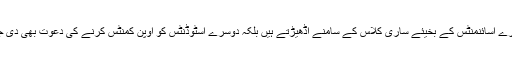
یہ تو کچھ بھی نہیں ہے جس طرح ہمارے لیکچررز ہمارے اسائنمنٹس کے بخیئے ساری کلاس کے سامنے اڈھیڑتے ہیں بلکہ دوسرے اسٹوڈنٹس کو اوپن کمنٹس کرنے کی دعوت بھی دی جاتی ہے اس سے ہی ہمارے ویک پوائنٹس پتہ چلتے ہیں۔